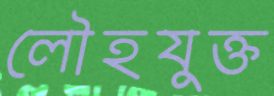
লৌহযুক্ত